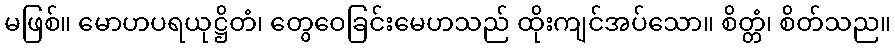
မဖြစ်။ မောဟပရယုဋ္ဌိတံ၊ တွေဝေခြင်းမေဟသည် ထိုးကျင်အပ်သော။ စိတ္တံ၊ စိတ်သည။